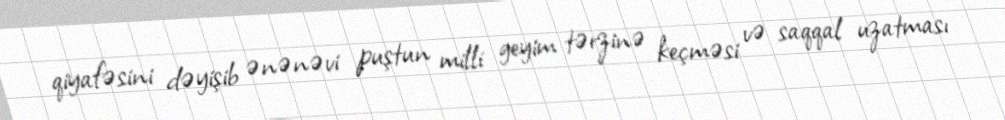
qiyafəsini dəyişib ənənəvi puştun milli geyim tərzinə keçməsi və saqqal uzatması